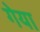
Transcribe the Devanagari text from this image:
गेया